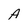
Character: A